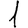
Digit: 1